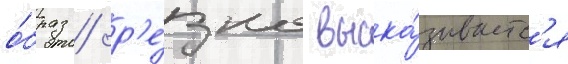
о́браз / р'е́зко выска́зываетс'я